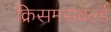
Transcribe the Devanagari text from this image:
क्रिसमसवर्ल्ड